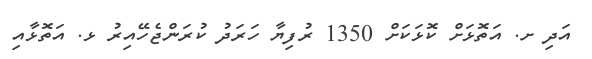
އަދި ށ. އަތޮޅަށް ކޮޅަކަށް 1350 ރުފިޔާ ހަރަދު ކުރަންޖެހޭއިރު ޅ. އަތޮޅާއި